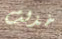
خذلت